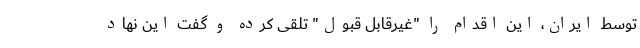
توسط ایران، این اقدام را "غیرقابل قبول" تلقی کرده و گفت این نهاد